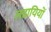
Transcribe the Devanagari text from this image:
लडायियों